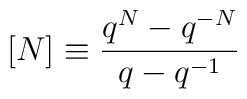
[N] \equiv \frac{q^{N} - q^{-N}}{q - q^{-1}}